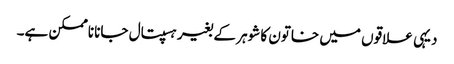
دیہی علاقوں میں خاتون کا شوہر کے بغیر ہسپتال جانا ناممکن ہے۔